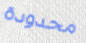
محدودة